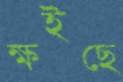
ক্ষইছে